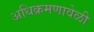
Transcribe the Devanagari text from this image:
अधिक्रमणावेळी